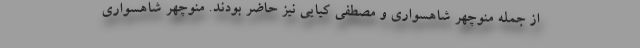
از جمله منوچهر شاهسواری و مصطفی کیایی نیز حاضر بودند. منوچهر شاهسواری